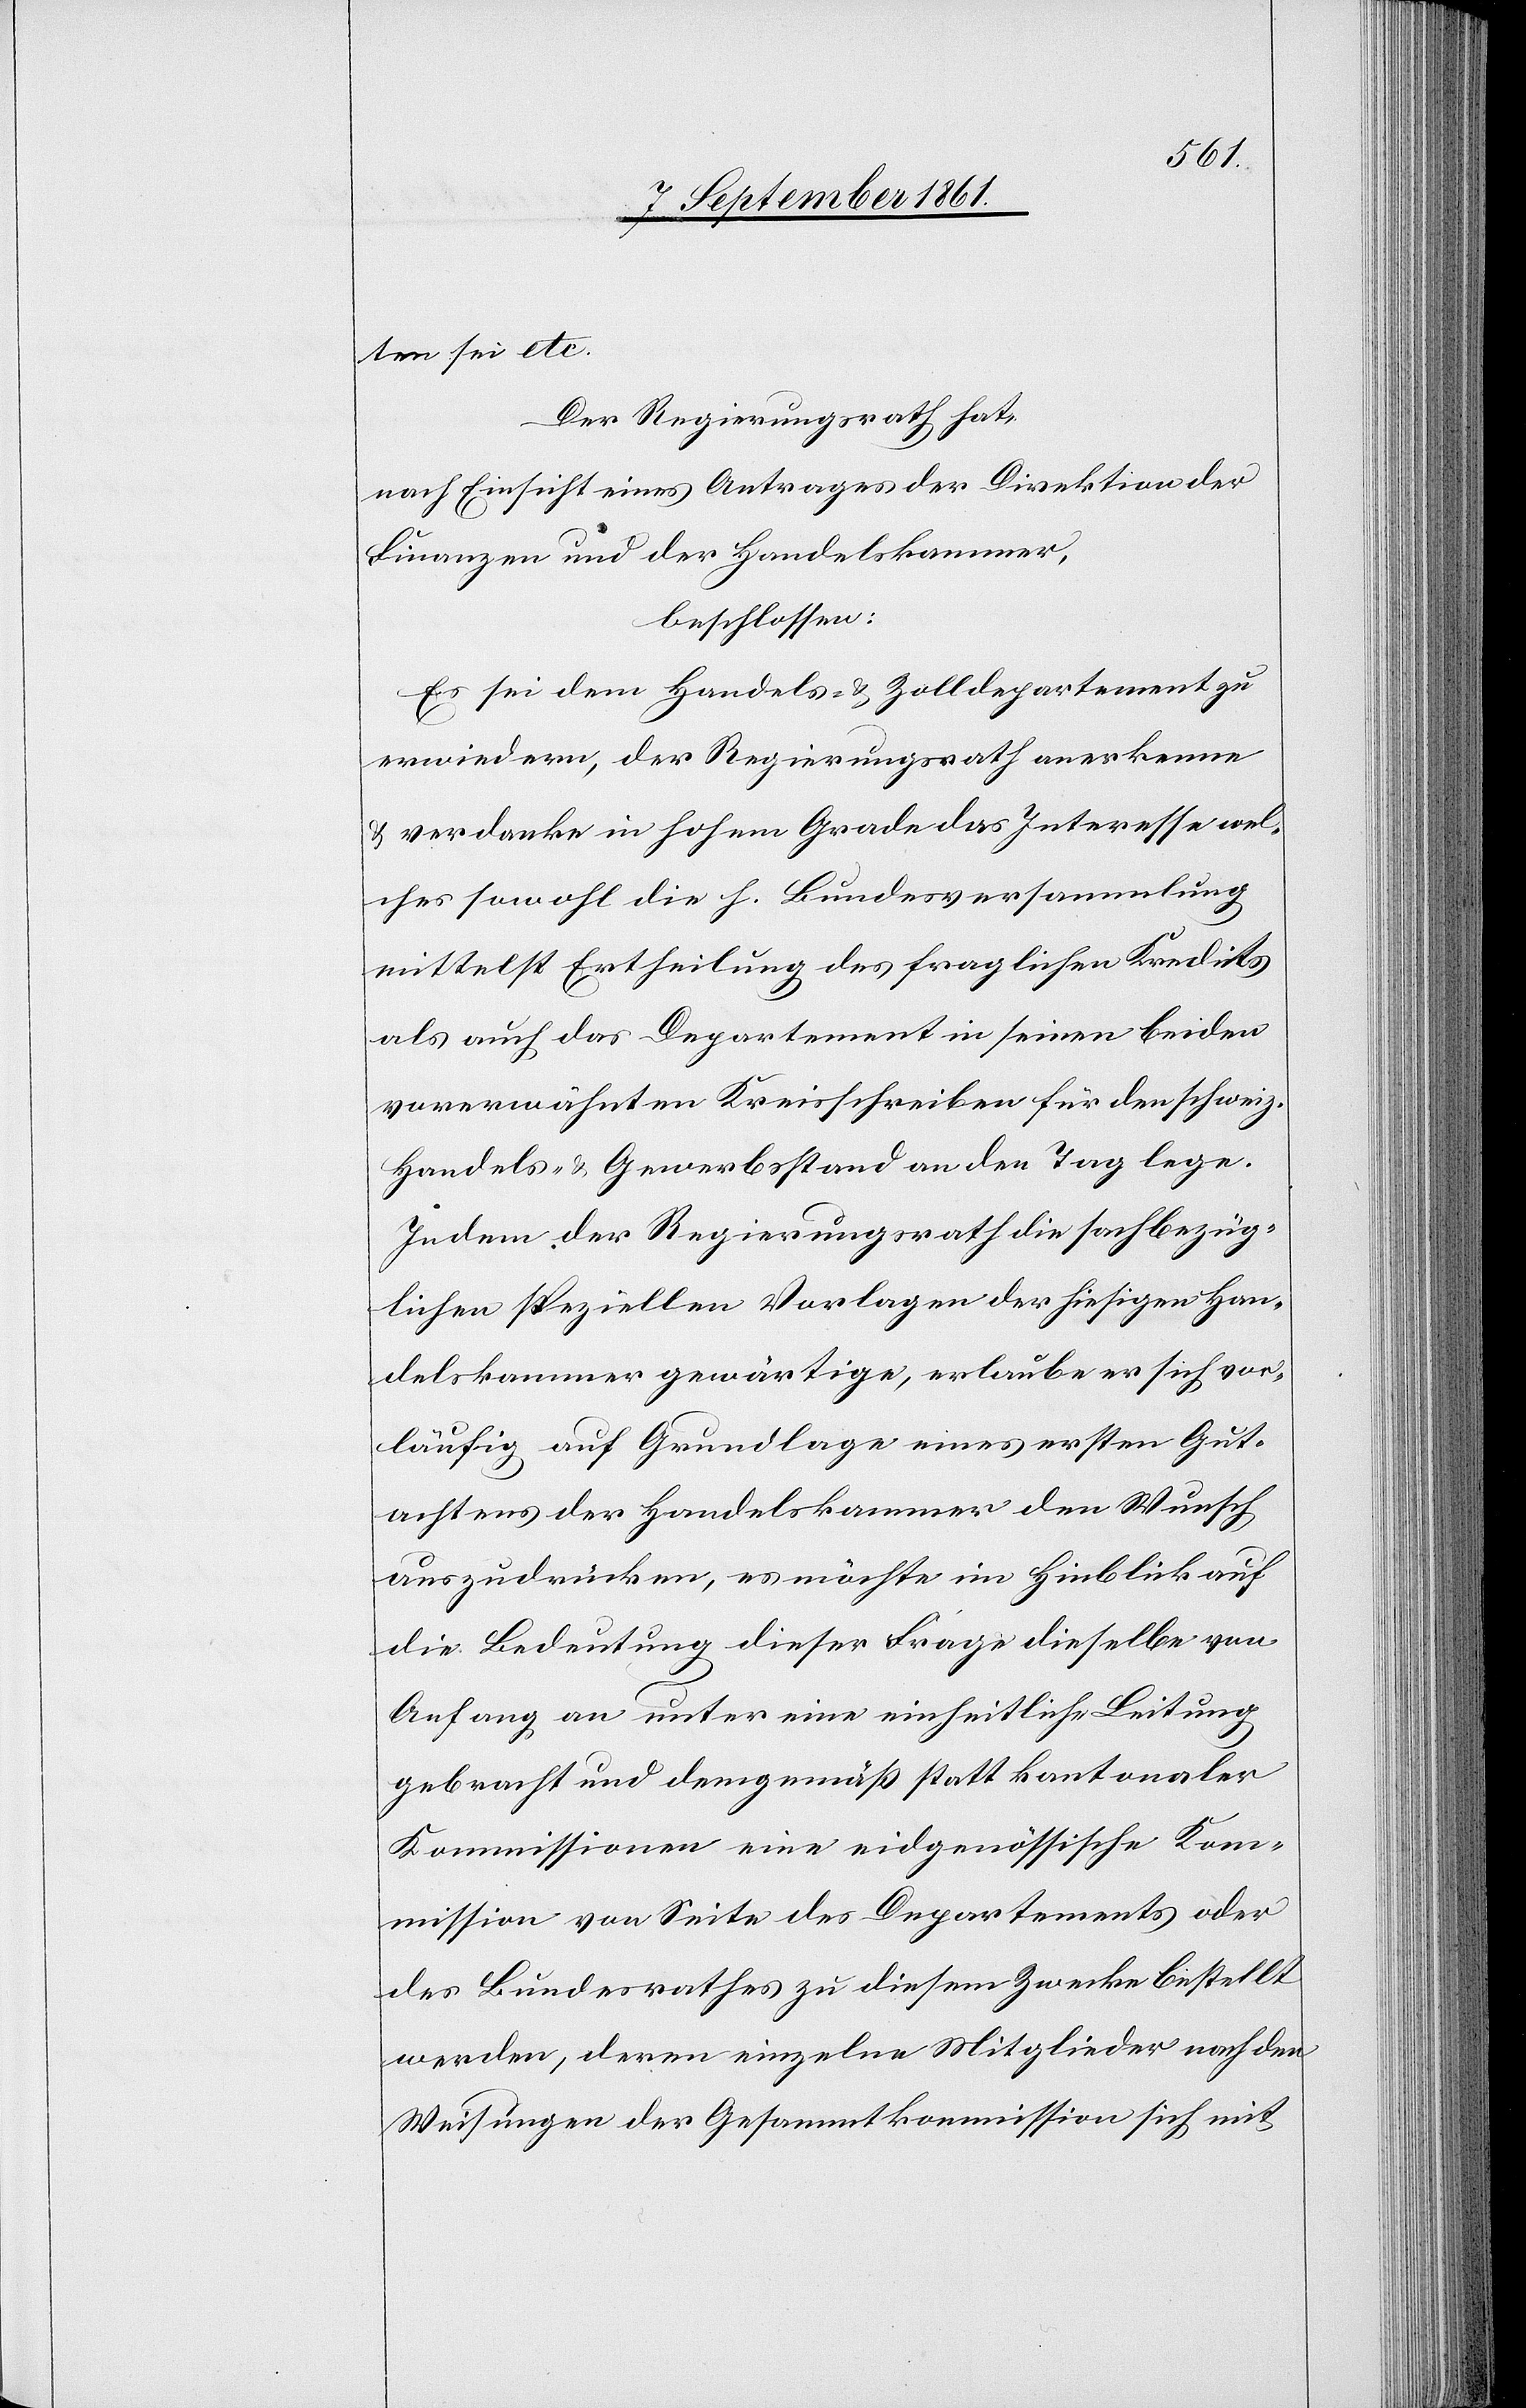
ten sei etc.
Der Regierungsrath hat,
nach Einsicht eines Antrages der Direktion der
Finanzen und der Handelskammer,
beschlossen:
Es sei dem Handels- u. Zolldepartement zu
erwiedern, der Regierungsrath anerkenne
u. verdanke in hohem Grade das Interesse wel¬
ches sowohl die h. Bundesversammlung
mittelst Ertheilung des fraglichen Kredits
als auch das Departement in seinen beiden
vorerwähnten Kreisschreiben für den schweiz.
Handels- u. Gewerbsbestand an den Tag lege.
Indem der Regierungsrath die sachbezüg¬
lichen speziellen Vorlagen der hiesigen Han¬
delskammer gewärtige, erlaube er sich vor¬
läufig auf Grundlage eines ersten Gut¬
achtens der Handelskammer den Wunsch
auszudrücken, es möchte im Hinblick auf
die Bedeutung dieser Frage dieselbe von
Anfang an unter eine einheitliche Leitung
gebracht und demgemäß statt kantonaler
Kommissionen eine eidgenössische Kom¬
mission von Seite des Departements oder
des Bundesrathes zu diesem Zwecke bestellt
werden, deren einzelne Mitglieder nach den
Weisungen der Gesammtkommission sich mit